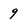
Character: 9